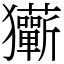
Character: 玂